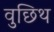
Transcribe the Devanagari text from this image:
वुछिथ